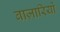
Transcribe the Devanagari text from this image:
बाज़ारियों